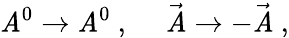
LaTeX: \mathit{A}^{0}\rightarrow\mathit{A}^{0}~,~~~~~\vec{{\mathit{A}}}\rightarrow-\vec{{\mathit{A}}}~,